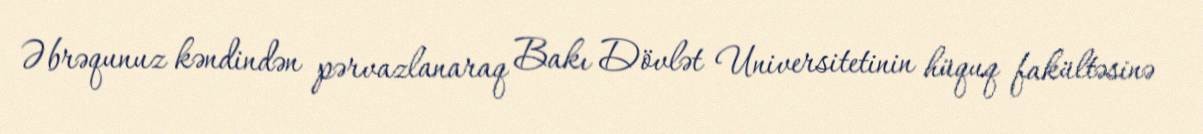
Əbrəqunuz kəndindən pərvazlanaraq Bakı Dövlət Universitetinin hüquq fakültəsinə